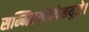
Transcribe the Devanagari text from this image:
सम्मितयोपदेशयुजे।